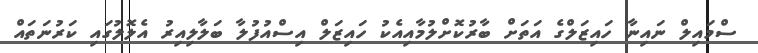
ސްމައިލް ނައިނާ ހައިޒަލްގެ އަތަށް ބާރުކޮށްލުމާއިއެކު ހައިޒަލް އިސްއުފުލާ ބަލާލިއިރު އެލޮލުގައި ކަރުނަތައް